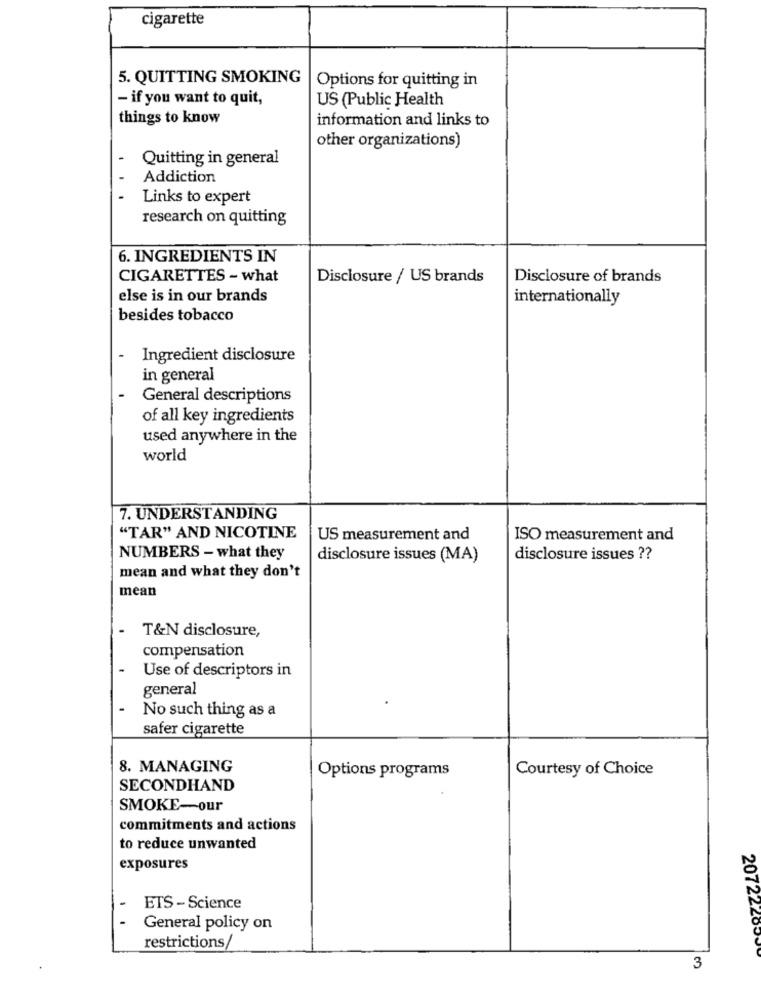
cigarette
5. QUITTING SMOKING
Options for quitting in
- if you want to quit,
US (Public Health
things to know
information and links to
other organizations)
Quitting in general
Addiction
Links to expert
research on quitting
6. INGREDIENTS IN
CIGARETTES - what
Disclosure / US brands
Disclosure of brands
else is in our brands
internationally
besides tobacco
Ingredient disclosure
in general
General descriptions
of all key ingredients
used anywhere in the
world
7. UNDERSTANDING
"TAR" AND NICOTINE
US measurement and
ISO measurement and
NUMBERS - what they
disclosure issues (MA)
disclosure issues ??
mean and what they don't
mean
T&N disclosure,
compensation
Use of descriptors in
general
No such thing as a
safer cigarette
8. MANAGING
Courtesy of Choice
Options programs
SECONDHAND
SMOKE-our
commitments and actions
to reduce unwanted
exposures
ETS - Science
General policy on
20722200
restrictions
3